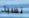
نسبة